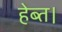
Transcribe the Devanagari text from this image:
हेब्त।